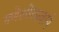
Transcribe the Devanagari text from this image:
गणेशोत्सवाने